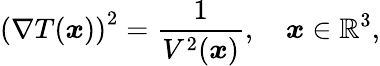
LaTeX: \left(\nabla T(\boldsymbol{x})\right)^{2}=\frac{1}{V^{2}(\boldsymbol{x})},\quad\boldsymbol{x}\in\mathbb{R}^{3},